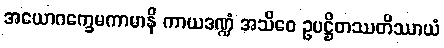
အယောဂက္ခေမကာမာနိ ကာယဒဏ္ဍံ အသိဝေ ဥပဋ္ဌိတဿတိဿာယံ